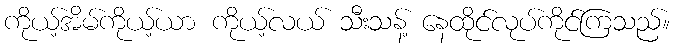
ကိုယ့်အိမ်ကိုယ့်ယာ ကိုယ့်လယ် သီးသန့် နေထိုင်လုပ်ကိုင်ကြသည်။